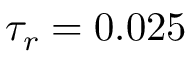
\tau _ { r } = 0 . 0 2 5